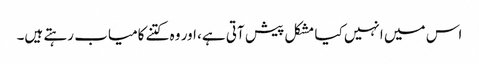
اس میں انہیں کیا مشکل پیش آتی ہے، اور وہ کتنے کامیاب رہتے ہیں۔